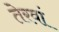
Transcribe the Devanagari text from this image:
तेरवां